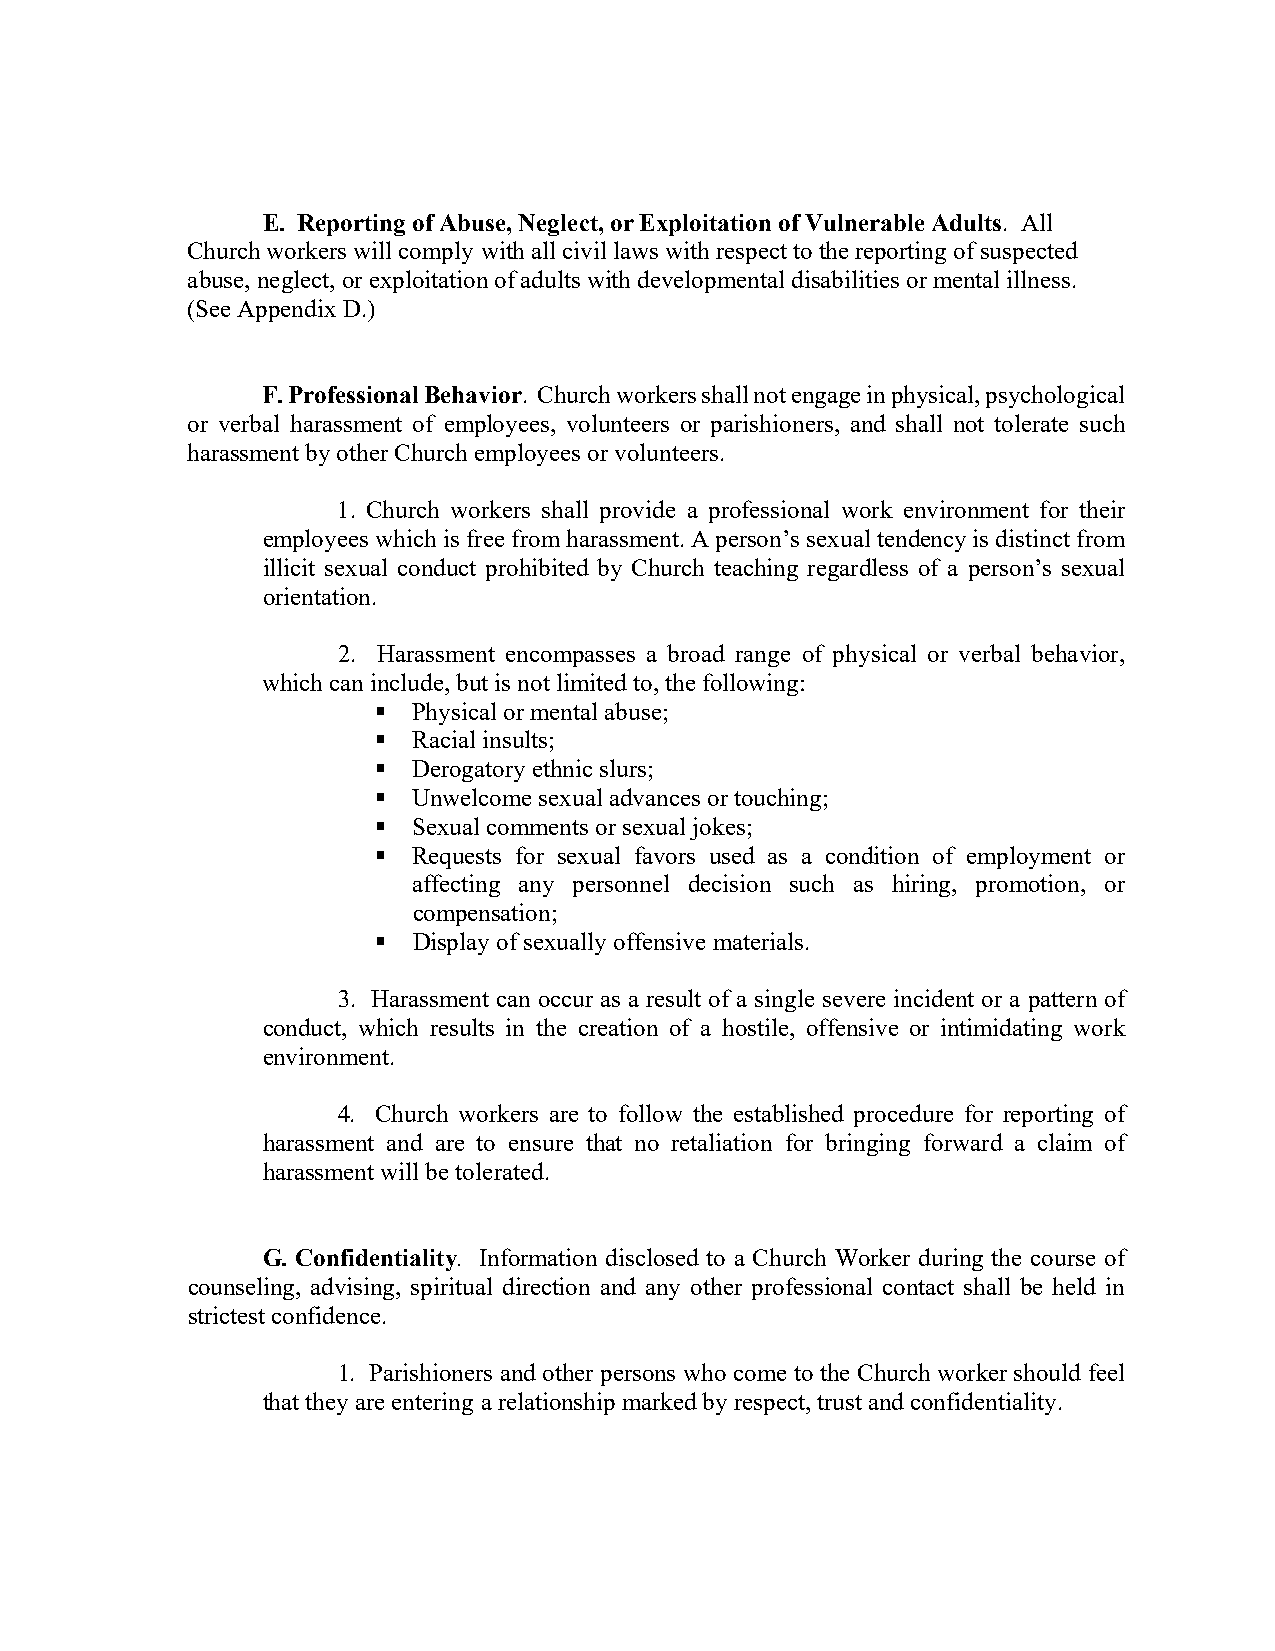
E. Reporting of Abuse, Neglect, or Exploitation of Vulnerable Adults. All
 Church workers will comply with all civil laws with respect to the reporting of suspected
 abuse, neglect, or exploitation of adults with developmental disabilities or mental illness.
 (See Appendix D.)
 F. Professional Behavior. Church workers shall not engage in physical, psychological
 or verbal harassment of employees, volunteers or parishioners, and shall not tolerate such
 harassment by other Church employees or volunteers.
 1. Church workers shall provide a professional work environment for their
 employees which is free from harassment. A person’s sexual tendency is distinct from
 illicit sexual conduct prohibited by Church teaching regardless of a person’s sexual
 orientation.
 2. Harassment encompasses a broad range of physical or verbal behavior,
 which can include, but is not limited to, the following:
  Physical or mental abuse;
  Racial insults;
  Derogatory ethnic slurs;
  Unwelcome sexual advances or touching;
  Sexual comments or sexual jokes;
  Requests for sexual favors used as a condition of employment or
 affecting any personnel decision such as hiring, promotion, or
 compensation;
  Display of sexually offensive materials.
 3. Harassment can occur as a result of a single severe incident or a pattern of
 conduct, which results in the creation of a hostile, offensive or intimidating work
 environment.
 4. Church workers are to follow the established procedure for reporting of
 harassment and are to ensure that no retaliation for bringing forward a claim of
 harassment will be tolerated.
 G. Confidentiality. Information disclosed to a Church Worker during the course of
 counseling, advising, spiritual direction and any other professional contact shall be held in
 strictest confidence.
 1. Parishioners and other persons who come to the Church worker should feel
 that they are entering a relationship marked by respect, trust and confidentiality.